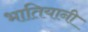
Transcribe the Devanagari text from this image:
भातियानी